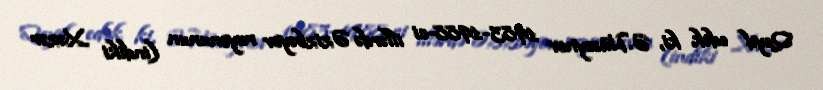
Qeyd edək ki, Ə.Hüseynov 1983-1988-ci illərdə Əzizbəyov rayonunun (indiki Xəzər